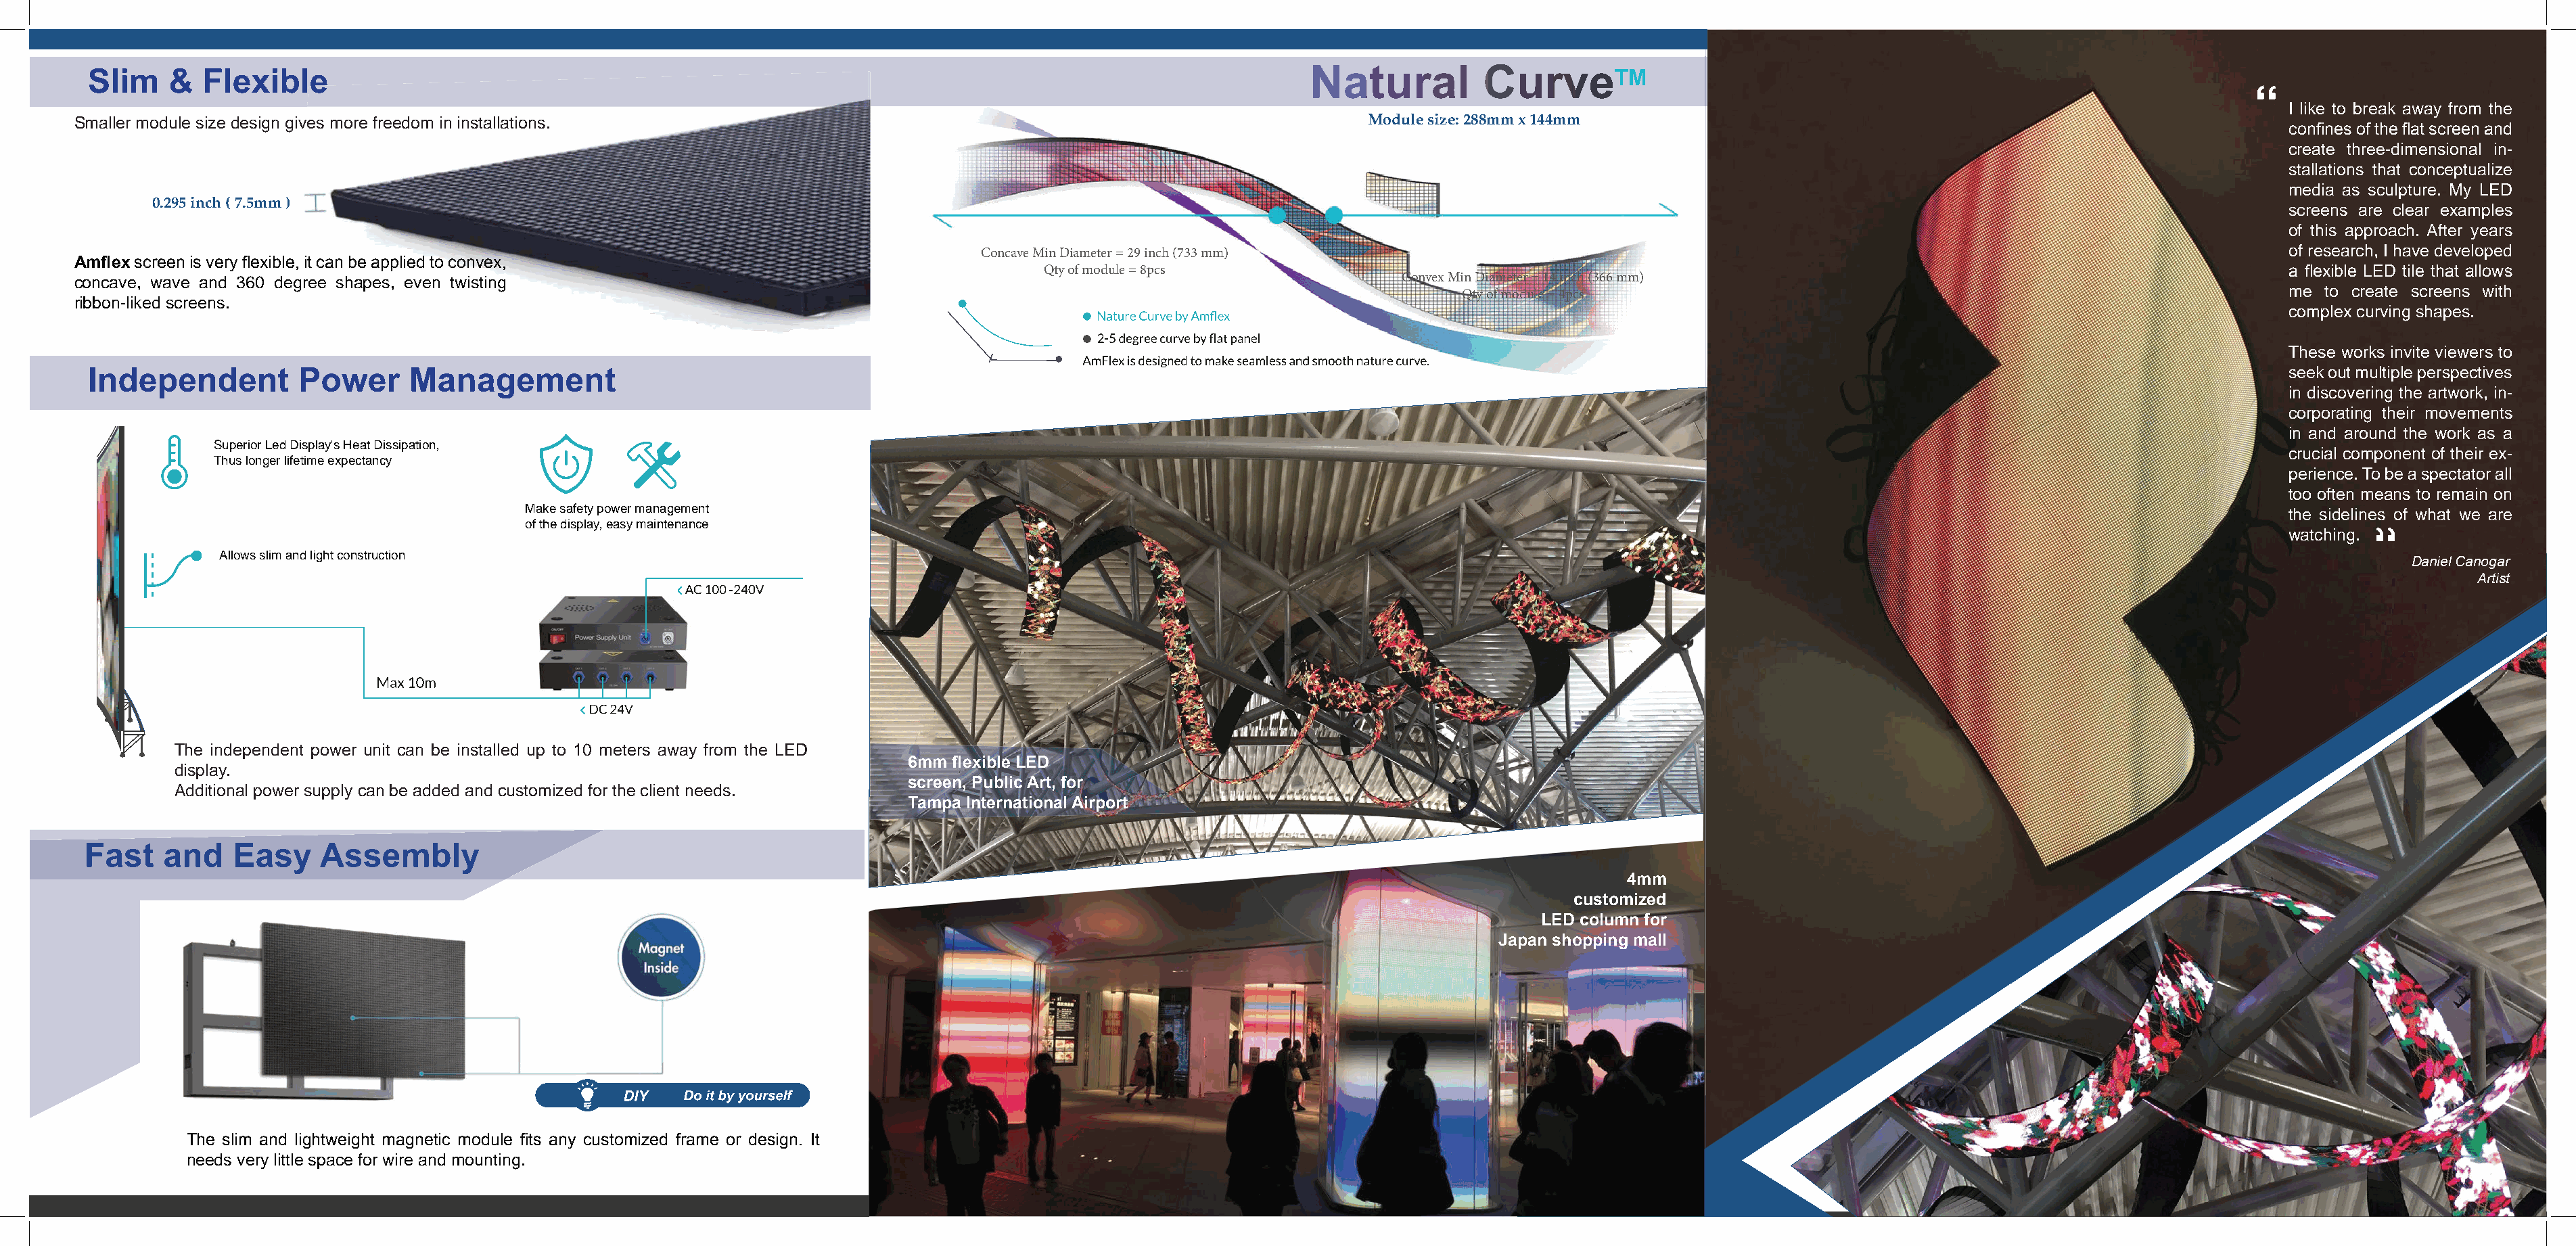
Slim    &  Flexible                                                                                                    Natural          CurveTM
 “
 I like to break away from the
 Smaller module size design gives more freedom in installations.                                                                Module size: 288mm x 144mm
 confi nes of the fl at screen and
 create three-dimensional in-
 stallations that conceptualize
 media as sculpture. My LED
 0.295 inch ( 7.5mm )
 screens are clear examples
 of this approach. After years
 Concave Min Diameter = 29 inch (733 mm)                                                                                         of research, I have developed
 Amfl ex screen is very fl exible, it can be applied to convex,
 Qty of module = 8pcs                                                                                                      a fl exible LED tile that allows
 Convex Min Diameter = 14 inch (366 mm)
 concave, wave and 360 degree shapes, even twisting
 Qty of module = 4pcs                                                             me  to create screens with
 ribbon-liked screens.
 complex curving shapes.
 These works invite viewers to
 Independent         Power      Management                                                                                                                                                                              seek out multiple perspectives
 in discovering the artwork, in-
 corporating their movements
 in and around the work as a
 Superior Led Display's Heat Dissipation,
 crucial component of their ex-
 Thus longer lifetime expectancy
 perience. To be a spectator all
 too often means to remain on
 Make safety power management
 the sidelines of what we are
 of the display, easy maintenance
 watching.
 Allows slim and light construction
 Daniel Canogar
 Artist
 The independent power unit can be installed up to 10 meters away from the LED
 6mm fl exible LED
 display.
 screen, Public Art, for
 Additional power supply can be added and customized for the client needs.
 Tampa International Airport
 FFaasstt aanndd EEaassyy AAsssseemmbbllyy
 4mm
 customized
 LED column for
 Japan shopping mall
 The slim and lightweight magnetic module fi ts any customized frame or design. It
 needs very little space for wire and mounting.
 “